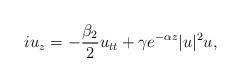
LaTeX: \begin{align*} i u_z = -\frac{\beta_2}{2} u_{tt} + \gamma e^{-\alpha z}|u|^2u,\end{align*}